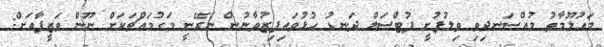
މައުލޫމާތު މުއްސަނދިވި ވިލުފުށީ ފުޓްސަލް ދަނޑު ހުޅުވައިފިޒުވާނުން ނެރޭނީ މަގުމައްޗަކަށް ނޫން ވަޒީފާއަށް: